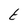
Character: t